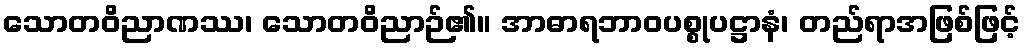
သောတဝိညာဏဿ၊ သောတဝိညာဉ်၏။ အာဓာရဘာဝပစ္စုပဋ္ဌာနံ၊ တည်ရာအဖြစ်ဖြင့်